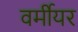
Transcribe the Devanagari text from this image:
वर्मीयर